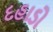
દહાડો